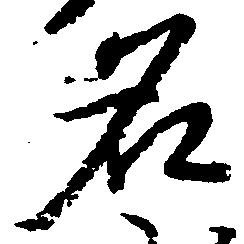
名